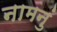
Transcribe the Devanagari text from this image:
नामनुं